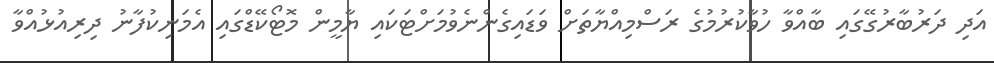
އަދި ދަރުބާރުގޭގައި ބާއްވާ ހުވާކުރުމުގެ ރަސްމިއްޔާތަށް ވަޑައިގެންނެވުމަށްޓަކައި ޔާމީން މޮޓޯކޭޑްގައި އެމަނިކުފާނު ދިރިއުޅުއްވާ